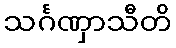
သင်္ဂဏှာသီတိ